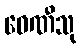
ဝေဏီသု